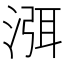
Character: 渳